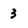
Character: 3